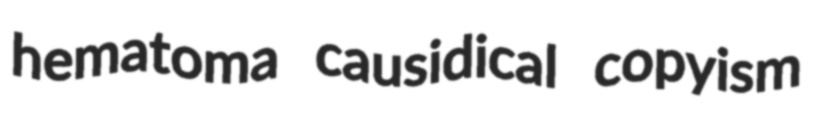
hematoma causidical copyism